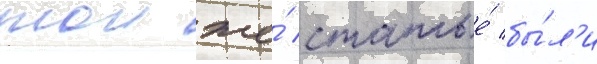
тои же́ статье́ бы́л'и